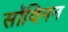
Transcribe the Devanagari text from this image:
सॉविनन